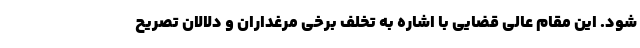
شود. این مقام عالی قضایی با اشاره به تخلف برخی مرغداران و دلالان تصریح